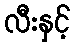
လီးနှင့်